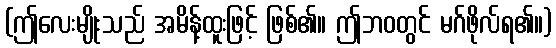
(ဤလေးမျိုးသည် အမိန့်ထူးဖြင့် ဖြစ်၏။ ဤဘဝတွင် မဂ်ဖိုလ်ရ၏။)